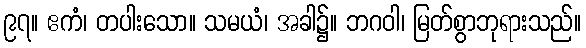
၉၇။ ဧကံ၊ တပါးသော။ သမယံ၊ အခါ၌။ ဘဂဝါ၊ မြတ်စွာဘုရားသည်။